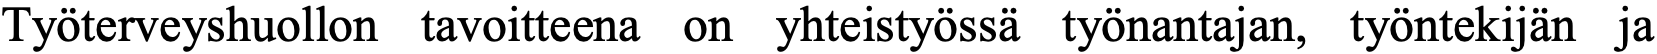
Työterveyshuollon tavoitteena on yhteistyössä työnantajan, työntekijän ja